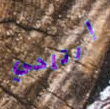
إرتاحي